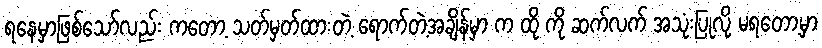
ရနေမှာဖြစ်သော်လည်း ကတော့ သတ်မှတ်ထားတဲ့ ရောက်တဲ့အချိန်မှာ က ထို ကို ဆက်လက် အသုံးပြုလို့ မရတော့မှာ